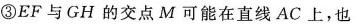
③EF与GH的交点M可能在直线AC上，也